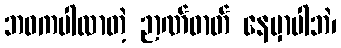
ဘဝကပါလာတဲ့ ဉာဏ်ဓာတ် နေမှာပါဘဲ၊